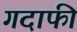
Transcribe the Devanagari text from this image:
गदाफी